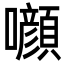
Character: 㘖